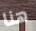
هنا